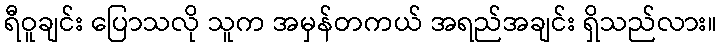
ရီဝူချင်း ပြောသလို သူက အမှန်တကယ် အရည်အချင်း ရှိသည်လား။